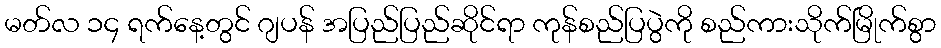
မတ်လ ၁၄ ရက်နေ့တွင် ဂျပန် အပြည်ပြည်ဆိုင်ရာ ကုန်စည်ပြပွဲကို စည်ကားသိုက်မြိုက်စွာ